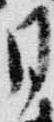
月